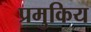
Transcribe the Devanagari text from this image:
प्रमुकिय